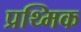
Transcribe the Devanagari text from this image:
प्रथ्मिक